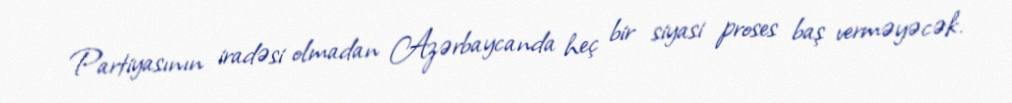
Partiyasının iradəsi olmadan Azərbaycanda heç bir siyasi proses baş verməyəcək.